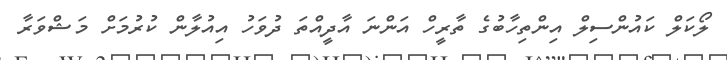
ލޯކަލް ކައުންސިލް އިންތިހާބުގެ ތާރީހް އަންނަ އާދީއްތަ ދުވަހު އިއުލާން ކުރުމަށް މަޝްވަރާ